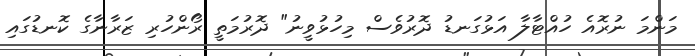
މަންމަ ނުރޮއެ ހުއްޓާލާ އަޅުގަނޑު ދޮރުވެސް މިހުޅުވީނު" ދޮރުމަތީ ރޯންހުރި ޒަރާނާގެ ކޮނޑުގައި